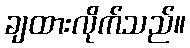
ချထားလိုက်သည်။